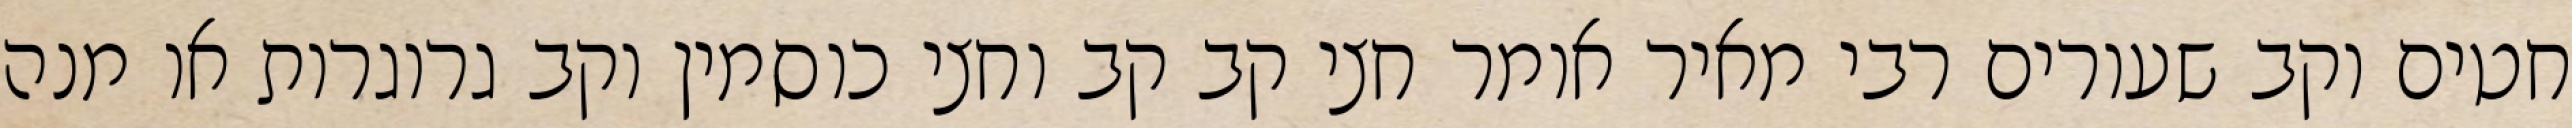
חטים וקב שעורים רבי מאיר אומר חצי קב קב וחצי כוסמין וקב גרוגרות או מנה